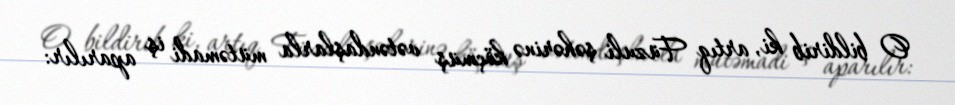
O bildirib ki, artıq Füzuli şəhərinə köçmüş vətəndaşlarla mütəmadi iş aparılır: